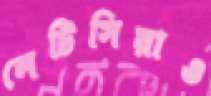
লেটিসিয়াও